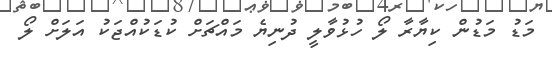
މަޑު މަޑުން ކިޔާރާ ލޯ ހުޅުވާލީ ދުނިޔެ މައްޗަށް ކުޑަކުއްޖަކު އަލަށް ލޯ